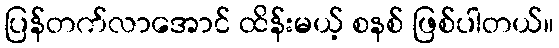
ပြန်တက်လာအောင် ထိန်းမယ့် စနစ် ဖြစ်ပါတယ်။